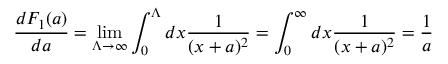
\frac { d F _ { 1 } ( a ) } { d a } = \operatorname * { l i m } _ { \Lambda \rightarrow \infty } \int _ { 0 } ^ { \Lambda } d x \frac 1 { ( x + a ) ^ { 2 } } = \int _ { 0 } ^ { \infty } d x \frac 1 { ( x + a ) ^ { 2 } } = \frac 1 a